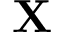
\mathbf { X }